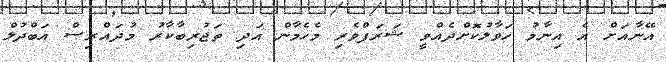
އޭނާއަށް އެ އިނާމު ހަވާލުކޮށްދެއްވީ ޝަރަފްވެރި މެހެމާން އަދި ތަޖުރިބާާކާރު މުދައްރިސް އަބްދުލް